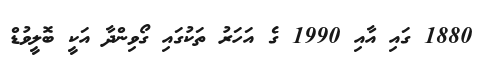
1880 ގައި އާއި 1990 ގެ އަހަރު ތަކުގައި ގޯވިންދާ އަކީ ބޮލީވުޑް